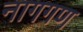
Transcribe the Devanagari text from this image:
नागगण